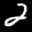
Label: 2